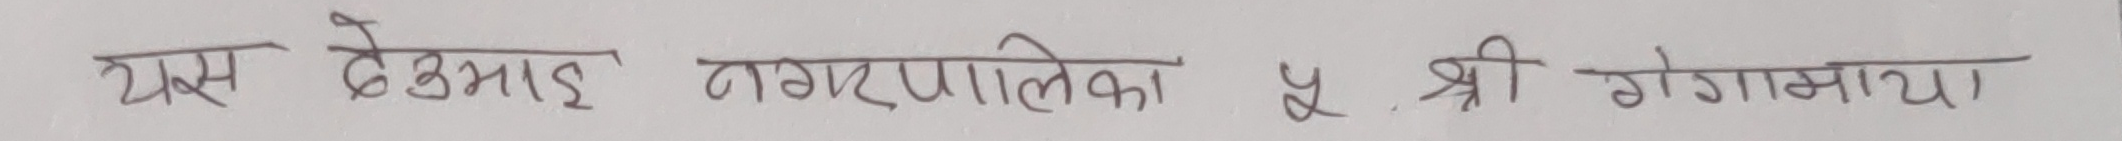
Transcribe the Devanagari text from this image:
यस देउमाई नगरपालिका पू. श्री गोगमाया